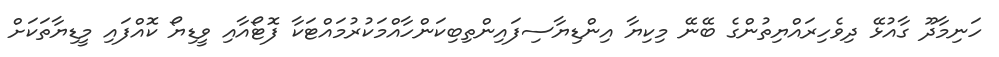
ހަނިމާދޫ ގާއުޅޭ ދިވެހިރައްޔިތުންގެ ބޭނޭ މިކިޔާ އިންޑިޔާސިފައިންތިބިކަންހާއްމަކުރުމައްޓަކާ ފޮޓޯއާއި ވީޑިޔޯ ކޮއްފައި މީޑިޔާތަކަށް